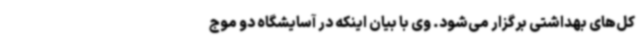
کل‌های بهداشتی برگزار می‌شود. وی با بیان اینکه در آسایشگاه دو موج